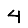
Digit: 4